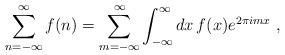
\begin{align*}\sum_{n=-\infty}^{\infty} f(n) = \sum_{m=-\infty}^{\infty}\int_{-\infty}^{\infty} dx \, f(x) e^{2\pi i m x} ~ ,\end{align*}